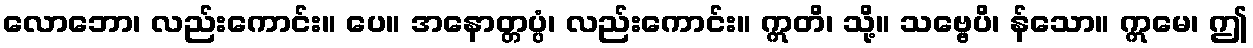
လောဘော၊ လည်းကောင်း။ ပေ။ အနောတ္တပ္ပံ၊ လည်းကောင်း။ ဣတိ၊ သို့။ သဗ္ဗေပိ၊ န်သော။ ဣမေ၊ ဤ